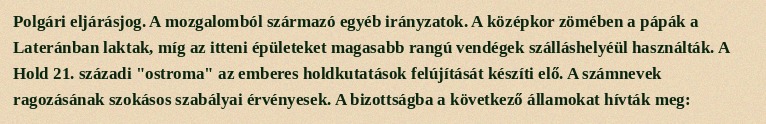
Polgári eljárásjog. A mozgalomból származó egyéb irányzatok. A középkor zömében a pápák a Lateránban laktak, míg az itteni épületeket magasabb rangú vendégek szálláshelyéül használták. A Hold 21. századi "ostroma" az emberes holdkutatások felújítását készíti elő. A számnevek ragozásának szokásos szabályai érvényesek. A bizottságba a következő államokat hívták meg: